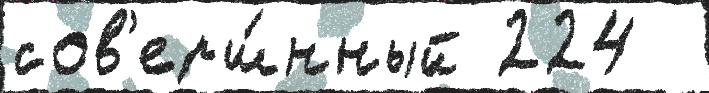
сов'ерш́нный 224